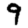
Digit: 9